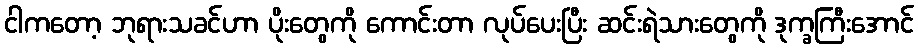
ငါကတော့ ဘုရားသခင်ဟာ ပိုးတွေကို ကောင်းတာ လုပ်ပေးပြီး ဆင်းရဲသားတွေကို ဒုက္ခကြီးအောင်